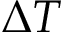
\Delta T